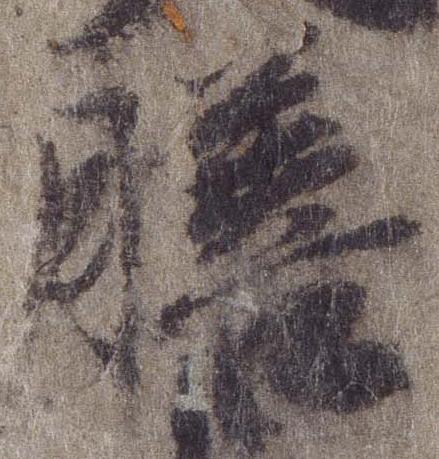
膳